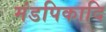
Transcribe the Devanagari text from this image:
मंडपिकादि